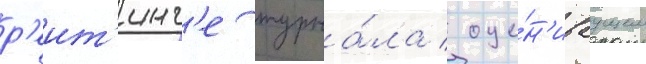
р'еит'инг'е журна́ла / оце́н'иваущем